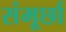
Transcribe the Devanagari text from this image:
संमूर्छा